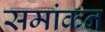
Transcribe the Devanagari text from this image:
समांकन